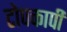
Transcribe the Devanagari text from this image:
टोपकापी